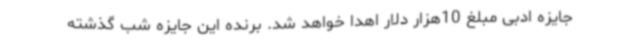
جایزه ادبی مبلغ 10هزار دلار اهدا خواهد شد. برنده این جایزه شب گذشته